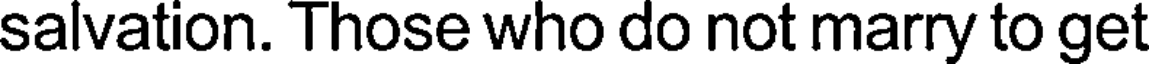
salvation. Those who do not marry to get